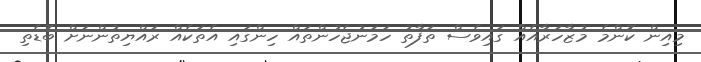
މިއިން ކޮންމެ މުޒާހަރާއެއް ގައިވެސް ތަފާތު ހަމަނުޖެހުންތައް ހިންގައި އެތަކެއް ރައްޔިތުންނަށް ބޮޑެތި